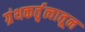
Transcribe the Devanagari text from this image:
ग्रंथकर्तृत्वातून